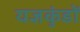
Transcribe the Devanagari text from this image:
यज्ञकुंडों